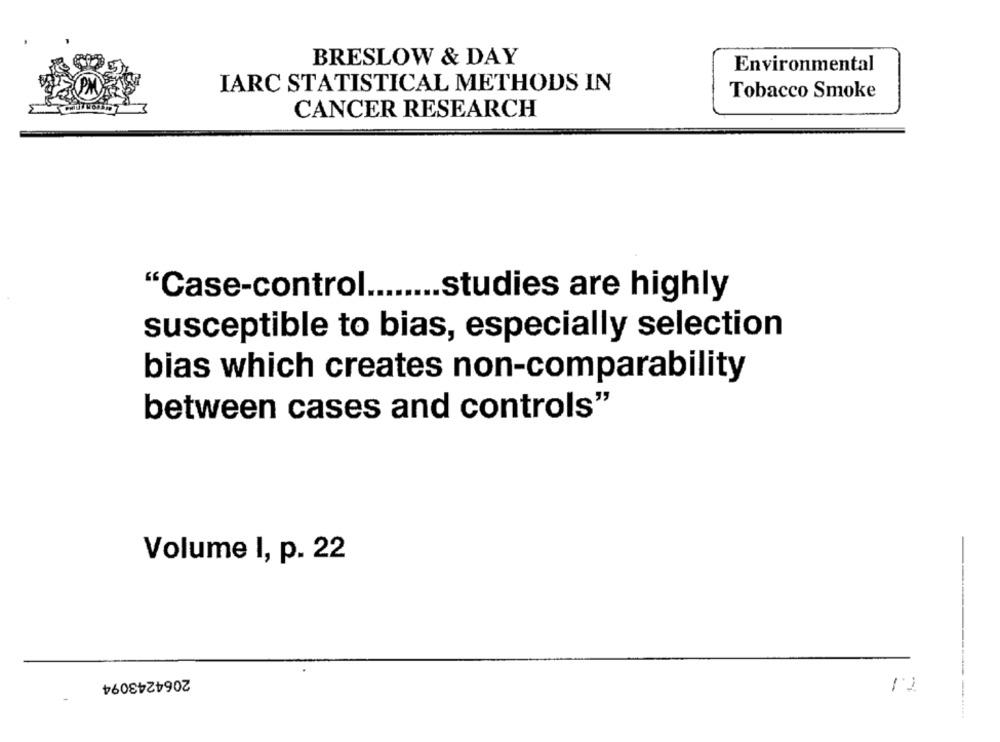
BRESLOW & DAY
Environmental
IARC STATISTICAL METHODS IN
Tobacco Smoke
CANCER RESEARCH
"Case-control ........ studies are highly
susceptible to bias, especially selection
bias which creates non-comparability
between cases and controls"
Volume I, p. 22
2064243094
-